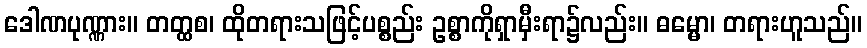
ဒေါဏပုဏ္ဏား။ တတ္ထစ၊ ထိုတရားသဖြင့်ပစ္စည်း ဥစ္စာကိုရှာမှီးရာ၌လည်း။ ဓမ္မော၊ တရားဟူသည်။